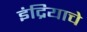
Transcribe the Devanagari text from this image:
इंद्रियाचे